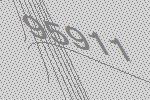
95911